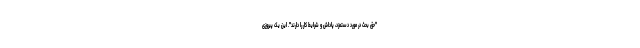
"حق بحث در مورد دستمزد، پاداش و شرایط کار را دارند". این یک پیروزی